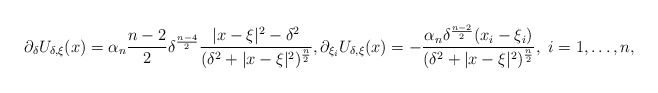
\begin{align*}\partial_\delta U_{\delta,\xi}(x)= \alpha_n\frac{n-2}{2}\delta^\frac{n-4}{2}\frac{|x-\xi|^2-\delta^2}{(\delta^2+|x-\xi|^2)^\frac{n}{2}},\partial_{\xi_i} U_{\delta,\xi}(x)=-\frac{\alpha_n\delta^\frac{n-2}{2}(x_i-\xi_i)}{(\delta^2+|x-\xi|^2)^\frac{n}{2}},\ i=1,\ldots, n,\end{align*}